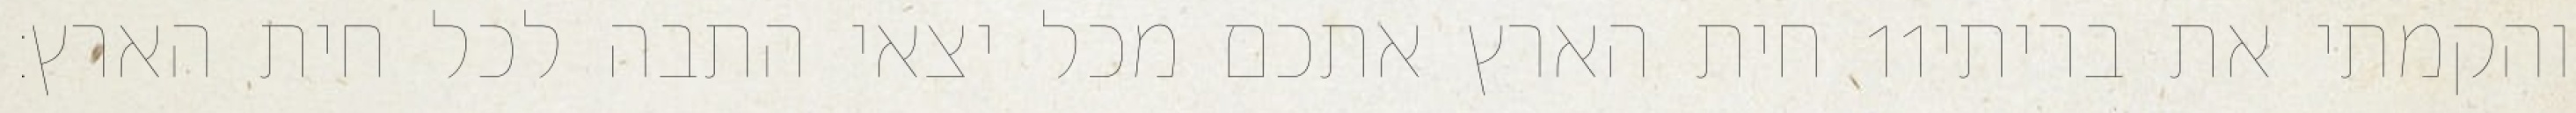
חית הארץ אתכם מכל יצאי התבה לכל חית הארץ׃ ‎11‏ והקמתי את בריתי